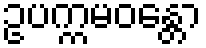
ဥပက္ကမဝန္တော